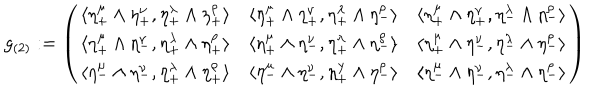
g _ { ( 2 ) } : = \left( \begin{array} { c c c } { { \langle \eta _ { + } ^ { \mu } \wedge \eta _ { + } ^ { \nu } , \eta _ { + } ^ { \lambda } \wedge \eta _ { + } ^ { \rho } \rangle } } & { { \langle \eta _ { + } ^ { \mu } \wedge \eta _ { + } ^ { \nu } , \eta _ { + } ^ { \lambda } \wedge \eta _ { - } ^ { \rho } \rangle } } & { { \langle \eta _ { + } ^ { \mu } \wedge \eta _ { + } ^ { \nu } , \eta _ { - } ^ { \lambda } \wedge \eta _ { - } ^ { \rho } \rangle } } \\ { { \langle \eta _ { + } ^ { \mu } \wedge \eta _ { - } ^ { \nu } , \eta _ { + } ^ { \lambda } \wedge \eta _ { + } ^ { \rho } \rangle } } & { { \langle \eta _ { + } ^ { \mu } \wedge \eta _ { - } ^ { \nu } , \eta _ { + } ^ { \lambda } \wedge \eta _ { - } ^ { \rho } \rangle } } & { { \langle \eta _ { + } ^ { \mu } \wedge \eta _ { - } ^ { \nu } , \eta _ { - } ^ { \lambda } \wedge \eta _ { - } ^ { \rho } \rangle } } \\ { { \langle \eta _ { - } ^ { \mu } \wedge \eta _ { - } ^ { \nu } , \eta _ { + } ^ { \lambda } \wedge \eta _ { + } ^ { \rho } \rangle } } & { { \langle \eta _ { - } ^ { \mu } \wedge \eta _ { - } ^ { \nu } , \eta _ { + } ^ { \lambda } \wedge \eta _ { - } ^ { \rho } \rangle } } & { { \langle \eta _ { - } ^ { \mu } \wedge \eta _ { - } ^ { \nu } , \eta _ { - } ^ { \lambda } \wedge \eta _ { - } ^ { \rho } \rangle } } \\ \end{array} \right)